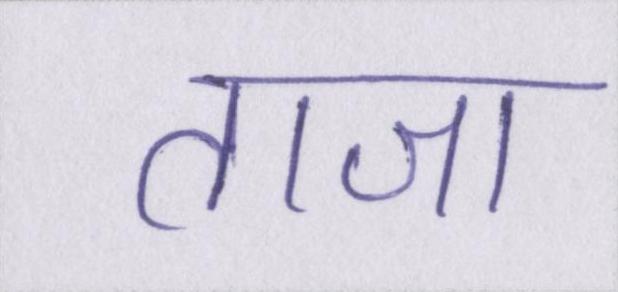
ताजा